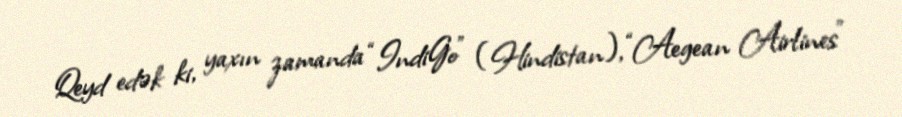
Qeyd edək ki, yaxın zamanda “IndiGo” (Hindistan), “Aegean Airlines”